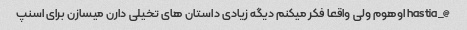
@_hastia اوهوم ولی واقعا فکر میکنم دیگه زیادی داستان های تخیلی دارن میسازن برای اسنپ